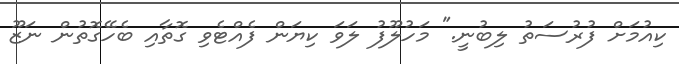
ކިއުމަށް ފުރުސަތު ލިބުނީ." މަހުލޫފު ލަވަ ކިޔަން ފެއްޓެވި ގޮތާއި ބެހޭގޮތުން ނަޒޫ